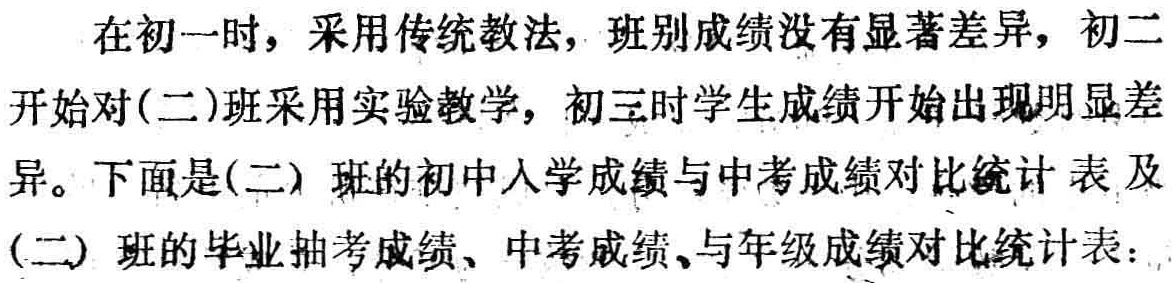
在初一时，采用传统教法，班别成绩没有显著差异，初二开始对(二)班采用实验教学，初三时学生成绩开始出现明显差异。下面是(二) 班的初中入学成绩与中考成绩对比统计表及(二) 班的毕业抽考成绩、中考成绩、与年级成绩对比统计表：